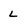
Character: L